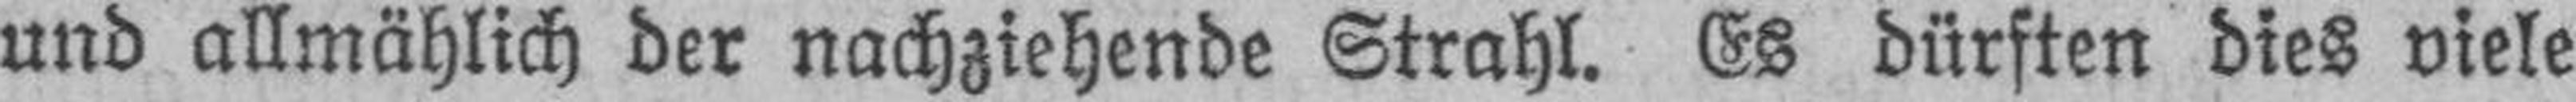
und allmählich der nachziehende Strahl. Es dürften dies viele